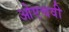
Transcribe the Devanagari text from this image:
ओएचवी